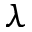
\lambda